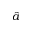
\hat { a }